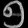
Digit: ၅